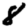
Digit: 8